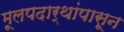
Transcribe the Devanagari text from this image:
मूलपदार्थांपासून